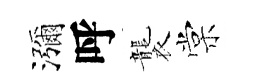
瀰呼襲棠